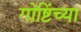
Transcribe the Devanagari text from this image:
गोष्टिंच्या